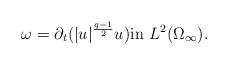
LaTeX: \begin{align*}\omega=\partial_t(|u|^{\frac{q-1}{2}}u)\textrm{in}\,\,L^2(\Omega_\infty).\end{align*}